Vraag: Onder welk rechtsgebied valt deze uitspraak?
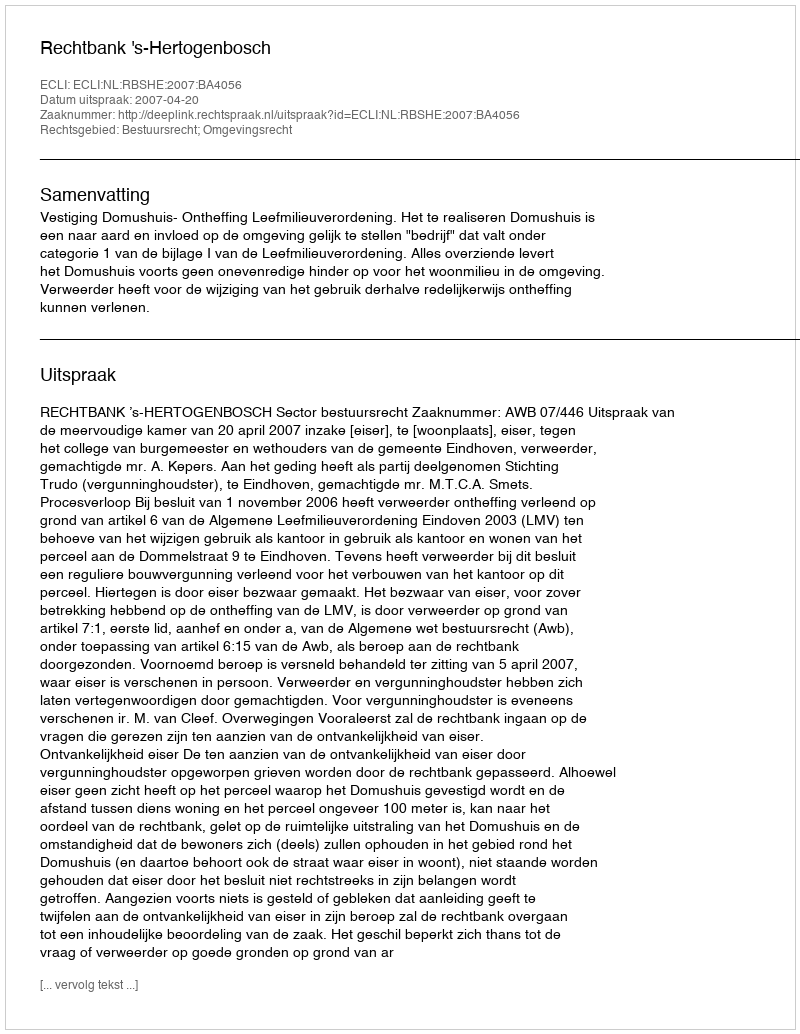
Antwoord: Bestuursrecht; Omgevingsrecht